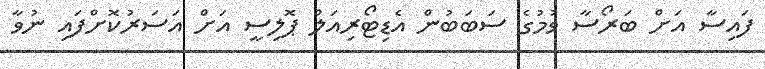
ފައިސާ އަށް ބަރޯސާ ވުމުގެ ސަބަބުން އެޑިޓޯރިއަލް ޕޮލިސީ އަށް އަސަރުކޮށްފައި ނުވާ